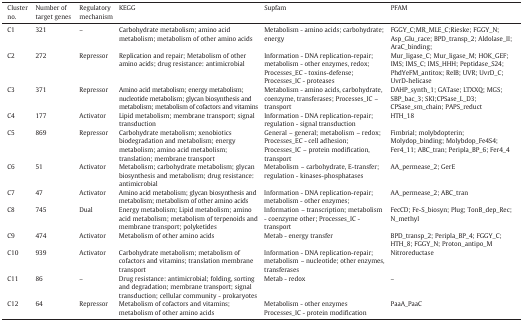
<table><thead><tr><td><b>Cluster no.</b></td><td><b>Number of target genes</b></td><td><b>Regulatory mechanism</b></td><td><b>KEGG</b></td><td><b>Supfam</b></td><td><b>PFAM</b></td></tr></thead><tbody><tr><td>C1</td><td>321</td><td>–</td><td>Carbohydrate metabolism; amino acid metabolism; metabolism of other amino acids</td><td>Metabolism - amino acids; carbohydrate; energy</td><td>FGGY_C;MR_MLE_C;Rieske; FGGY_N;Asp_Glu_race; BPD_transp_2; Aldolase_II;AraC_binding;</td></tr><tr><td>C2</td><td>272</td><td>Repressor</td><td>Replication and repair; Metabolism of other amino acids; drug resistance: antimicrobial</td><td>Information - DNA replication-repair; metabolism - other enzymes, redox; Processes_EC - toxins-defense; Processes_IC - proteases</td><td>Mur_ligase_C; Mur_ligase_M; HOK_GEF; IMS; IMS_C; IMS_HHH; Peptidase_S24; PhdYeFM_antitox; RelB; UVR; UvrD_C; UvrD-helicase</td></tr><tr><td>C3</td><td>371</td><td>Repressor</td><td>Amino acid metabolism; energy metabolism; nucleotide metabolism; glycan biosynthesis and metabolism; metabolism of cofactors and vitamins</td><td>Metabolism - amino acids, carbohydrate, coenzyme, transferases; Processes_IC – transport</td><td>DAHP_synth_1; GATase; LTXXQ; MGS; SBP_bac_3; SKI;CPSase_L_D3; CPSase_sm_chain; PAPS_reduct</td></tr><tr><td>C4</td><td>177</td><td>Activator</td><td>Lipid metabolism; membrane transport; signal transduction</td><td>Information - DNA replication-repair; regulation - signal transduction</td><td>HTH_18</td></tr><tr><td>C5</td><td>869</td><td>Repressor</td><td>Carbohydrate metabolism; xenobiotics biodegradation and metabolism; energy metabolism; amino acid metabolism; translation; membrane transport</td><td>General – general; metabolism – redox; Processes_EC - cell adhesion; Processes_IC – protein modification, transport</td><td>Fimbrial; molybdopterin; Molydop_binding; Molybdop_Fe4S4; Fer4_11; ABC_tran; Peripla_BP_6; Fer4_4</td></tr><tr><td>C6</td><td>51</td><td>Activator</td><td>Metabolism; carbohydrate metabolism; glycan biosynthesis and metabolism; drug resistance: antimicrobial</td><td>Metabolism – carbohydrate, E-transfer; regulation - kinases-phosphatases</td><td>AA_permease_2; GerE</td></tr><tr><td>C7</td><td>47</td><td>Activator</td><td>Amino acid metabolism; glycan biosynthesis and metabolism; metabolism of other amino acids</td><td>Information - DNA replication-repair; metabolism - other enzymes;</td><td>AA_permease_2; ABC_tran</td></tr><tr><td>C8</td><td>745</td><td>Dual</td><td>Energy metabolism; Lipid metabolism; amino acid metabolism; metabolism of terpenoids and membrane transport; polyketides</td><td>Information – transcription; metabolism - coenzyme other; Processes_IC - transport</td><td>FecCD; Fe-S_biosyn; Plug; TonB_dep_Rec; N_methyl</td></tr><tr><td>C9</td><td>474</td><td>Activator</td><td>Metabolism of other amino acids</td><td>Metab - energy transfer</td><td>BPD_transp_2; Peripla_BP_4; FGGY_C; HTH_8; FGGY_N; Proton_antipo_M</td></tr><tr><td>C10</td><td>939</td><td>Activator</td><td>Carbohydrate metabolism; metabolism of cofactors and vitamins; translation membrane transport</td><td>Information - DNA replication-repair; metabolism – nucleotide; other enzymes, transferases</td><td>Nitroreductase</td></tr><tr><td>C11</td><td>86</td><td>–</td><td>Drug resistance: antimicrobial; folding, sorting and degradation; membrane transport; signal transduction; cellular community - prokaryotes</td><td>Metab - redox</td><td>–</td></tr><tr><td>C12</td><td>64</td><td>Repressor</td><td>Metabolism of cofactors and vitamins; metabolism of other amino acids</td><td>Metabolism - other enzymes Processes_IC - protein modification</td><td>PaaA_PaaC</td></tr></tbody></table>